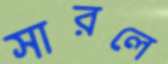
সারলে